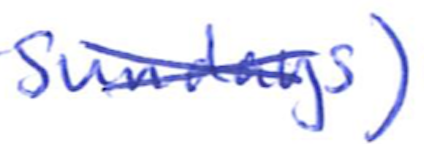
Text: Sundays)
Cross-out: cross
Writing tool: ballpoint